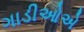
ગાડીઓએ